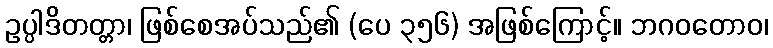
ဥပ္ပါဒိတတ္တာ၊ ဖြစ်စေအပ်သည်၏ (ပေ ၃၅၆) အဖြစ်ကြောင့်။ ဘဂဝတောဝ၊